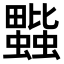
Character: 𧔆